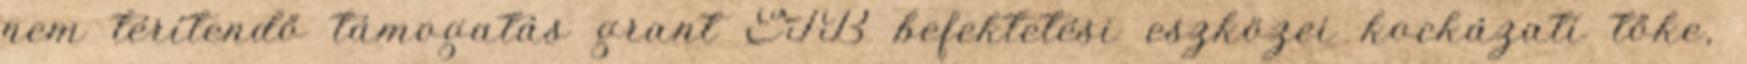
nem térítendő támogatás grant EIB befektetési eszközei kockázati tőke,